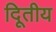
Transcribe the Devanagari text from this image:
दिूतीय